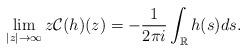
LaTeX: \begin{align*}\lim _{|z| \rightarrow \infty} z \mathcal{C}(h)(z)=-\frac{1}{2 \pi i} \int_{\mathbb{R}} h(s)ds.\end{align*}